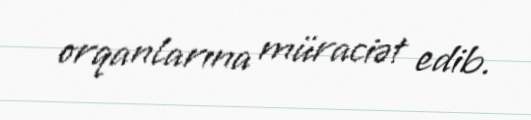
orqanlarına müraciət edib.